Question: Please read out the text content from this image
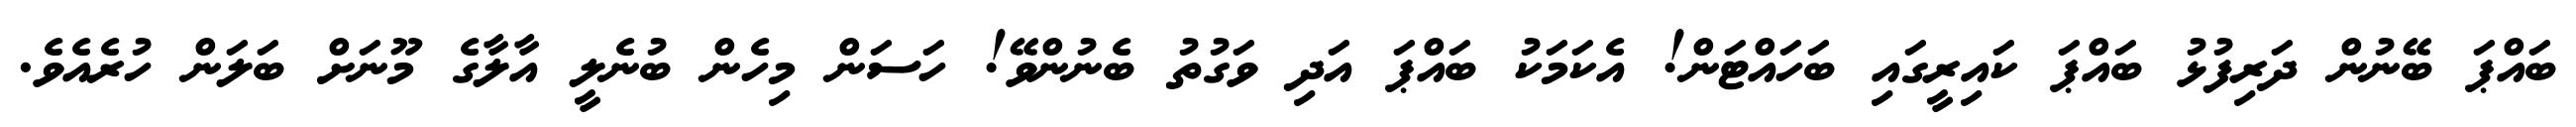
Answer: ބައްޕަ ބޭނުން ދަރިފުޅު ބައްޕަ ކައިރީގައި ބަހައްޓަން! އެކަމަކު ބައްޕަ އަދި ވަގުތު ބެނުންވޭ! ހަސަން މިހެން ބުނެލީ އާލާގެ މޫނަށް ބަލަން ހުރެއެވެ.